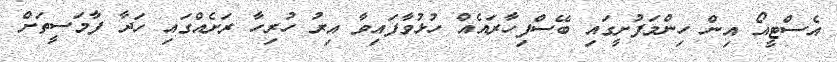
އެސްޓީއޯ އިން ހިންމަފުށީގައި ބޭސްފިހާރައެއް ހުޅުވާފައިވާ އިރު ހުރިހާ ރަށެއްގައި ހަދާ ފާމަސީތަށް